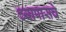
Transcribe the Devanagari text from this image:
च्यापासचे